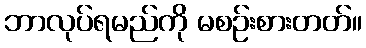
ဘာလုပ်ရမည်ကို မစဉ်းစားတတ်။